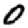
Digit: 0